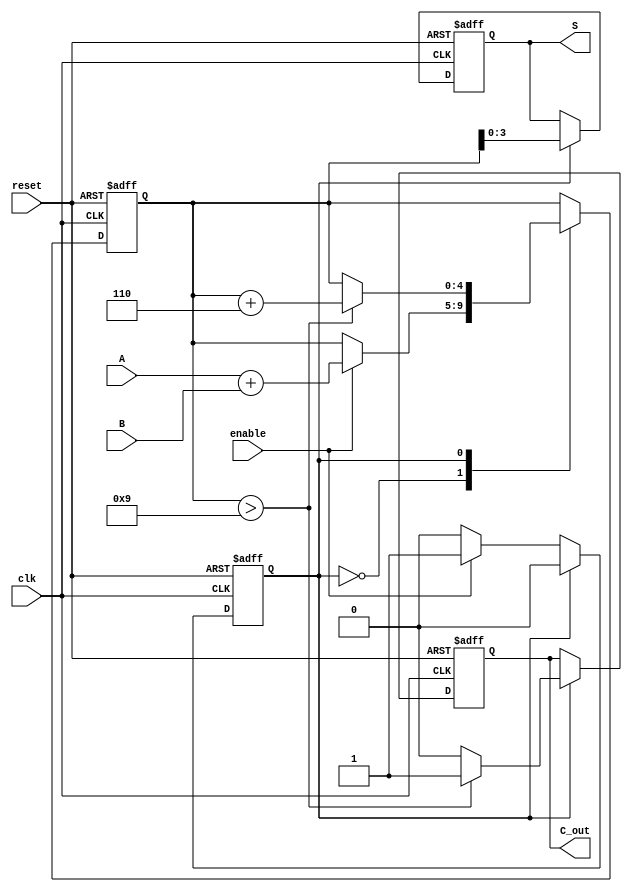
module BCD_Sequential_Adder (
    input       [3:0] A,        // First BCD digit
    input       [3:0] B,        // Second BCD digit
    input               clk,      // Clock signal
    input               reset,    // Reset signal
    input               enable,    // Enable signal
    output reg  [3:0] S,        // BCD result
    output reg        C_out      // Carry-out signal
);

    // Internal signals
    reg [4:0] sum;              // 5-bit sum to accommodate carry
    reg state;                  // State register, 0 for idle, 1 for addition

    // State encoding
    localparam IDLE = 1'b0;
    localparam ADD = 1'b1;

    // Sequential process
    always @(posedge clk or posedge reset) begin
        if (reset) begin
            // Initialize on reset
            S <= 4'b0000;
            C_out <= 1'b0;
            sum <= 5'b00000;
            state <= IDLE;
        end else begin
            case (state)
                IDLE: begin
                    if (enable) begin
                        // Start addition when enabled
                        sum <= A + B; // Add A and B
                        state <= ADD; // Move to ADD state
                    end
                end
                
                ADD: begin
                    // Check if correction is needed
                    if (sum > 9) begin
                        sum <= sum + 6; // Correct the sum
                        C_out <= 1'b1;  // Set carry-out
                    end else begin
                        C_out <= 1'b0;  // No carry-out
                    end
                    
                    // Update the result and return to IDLE
                    S <= sum[3:0];    // Assign the lower 4 bits to S
                    state <= IDLE;    // Return to IDLE state
                end
            endcase
        end
    end

endmodule